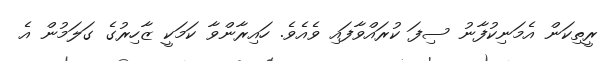
ރީތިކަން އެމަނިކުފާނު ސިފަ ކުރައްވާފައި ވެއެވެ. ހައިރާންވާ ކަމަކީ ޒާހިރުގެ ގަލަމުން އެ